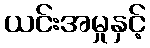
ယင်းအမှုနှင့်